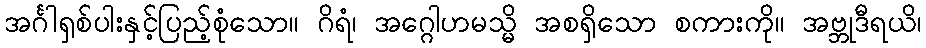
အင်္ဂါရှစ်ပါးနှင့်ပြည့်စုံသော။ ဂိရံ၊ အဂ္ဂေါဟမသ္မိ အစရှိသော စကားကို။ အဗ္ဘုဒီရယိ၊